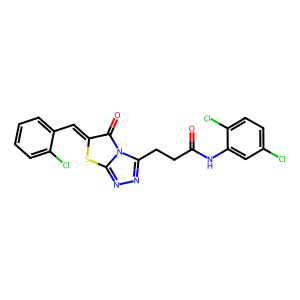
SMILES: O=C(CCc1nnc2sc(=Cc3ccccc3Cl)c(=O)n12)Nc1cc(Cl)ccc1Cl
Inhibits HIV replication: No